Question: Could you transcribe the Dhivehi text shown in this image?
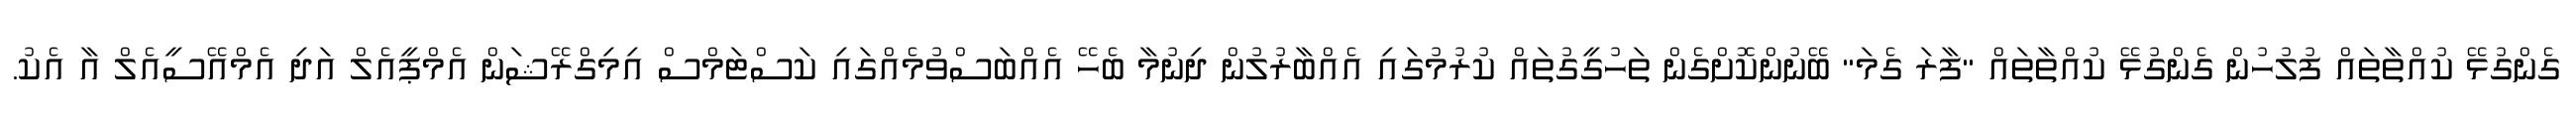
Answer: ގެންގުޅޭ ކުއްތާތައް ފުލުހުން ގެންގުޅޭ ކުއްތާތައް "ފާރަ ގެމަ" ބޭނުންކޮށްގެން ތަހުގީގުތައް ކުރުމުގައި އެއްބާރުލުން ދިނުމާ ބެހޭ އެއްބަސްވުމެއްގައި ކަސްޓަމްސް އިމިގްރޭޝަން އެމްޕީއެލް އަދި އެމްއޭސީއެލް އާ އެކު.